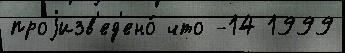
проjизв'ед'ено́ что -14 1999